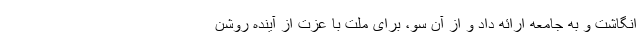
انگاشت و به جامعه ارائه داد و از آن سو، برای ملت با عزت از آینده روشن